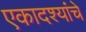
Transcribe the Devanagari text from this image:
एकादश्यांचे